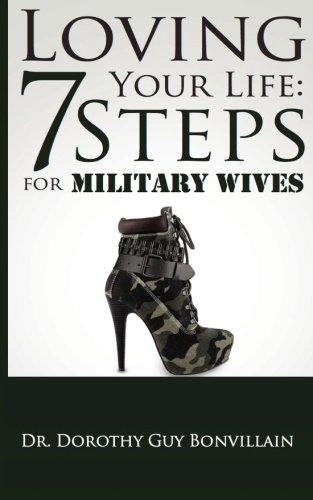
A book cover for Loving Your Life: 7 Steps for Military Wives; Dr. Dorothy Guy Bonvillain; Parenting & Relationships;